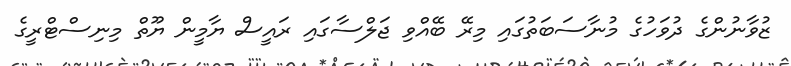
ޒުވާނުންގެ ދުވަހުގެ މުނާސަބަތުގައި މިރޭ ބޭއްވި ޖަލްސާގައި ރައީސް ޔާމީން ޔޫތް މިނިސްޓްރީގެ